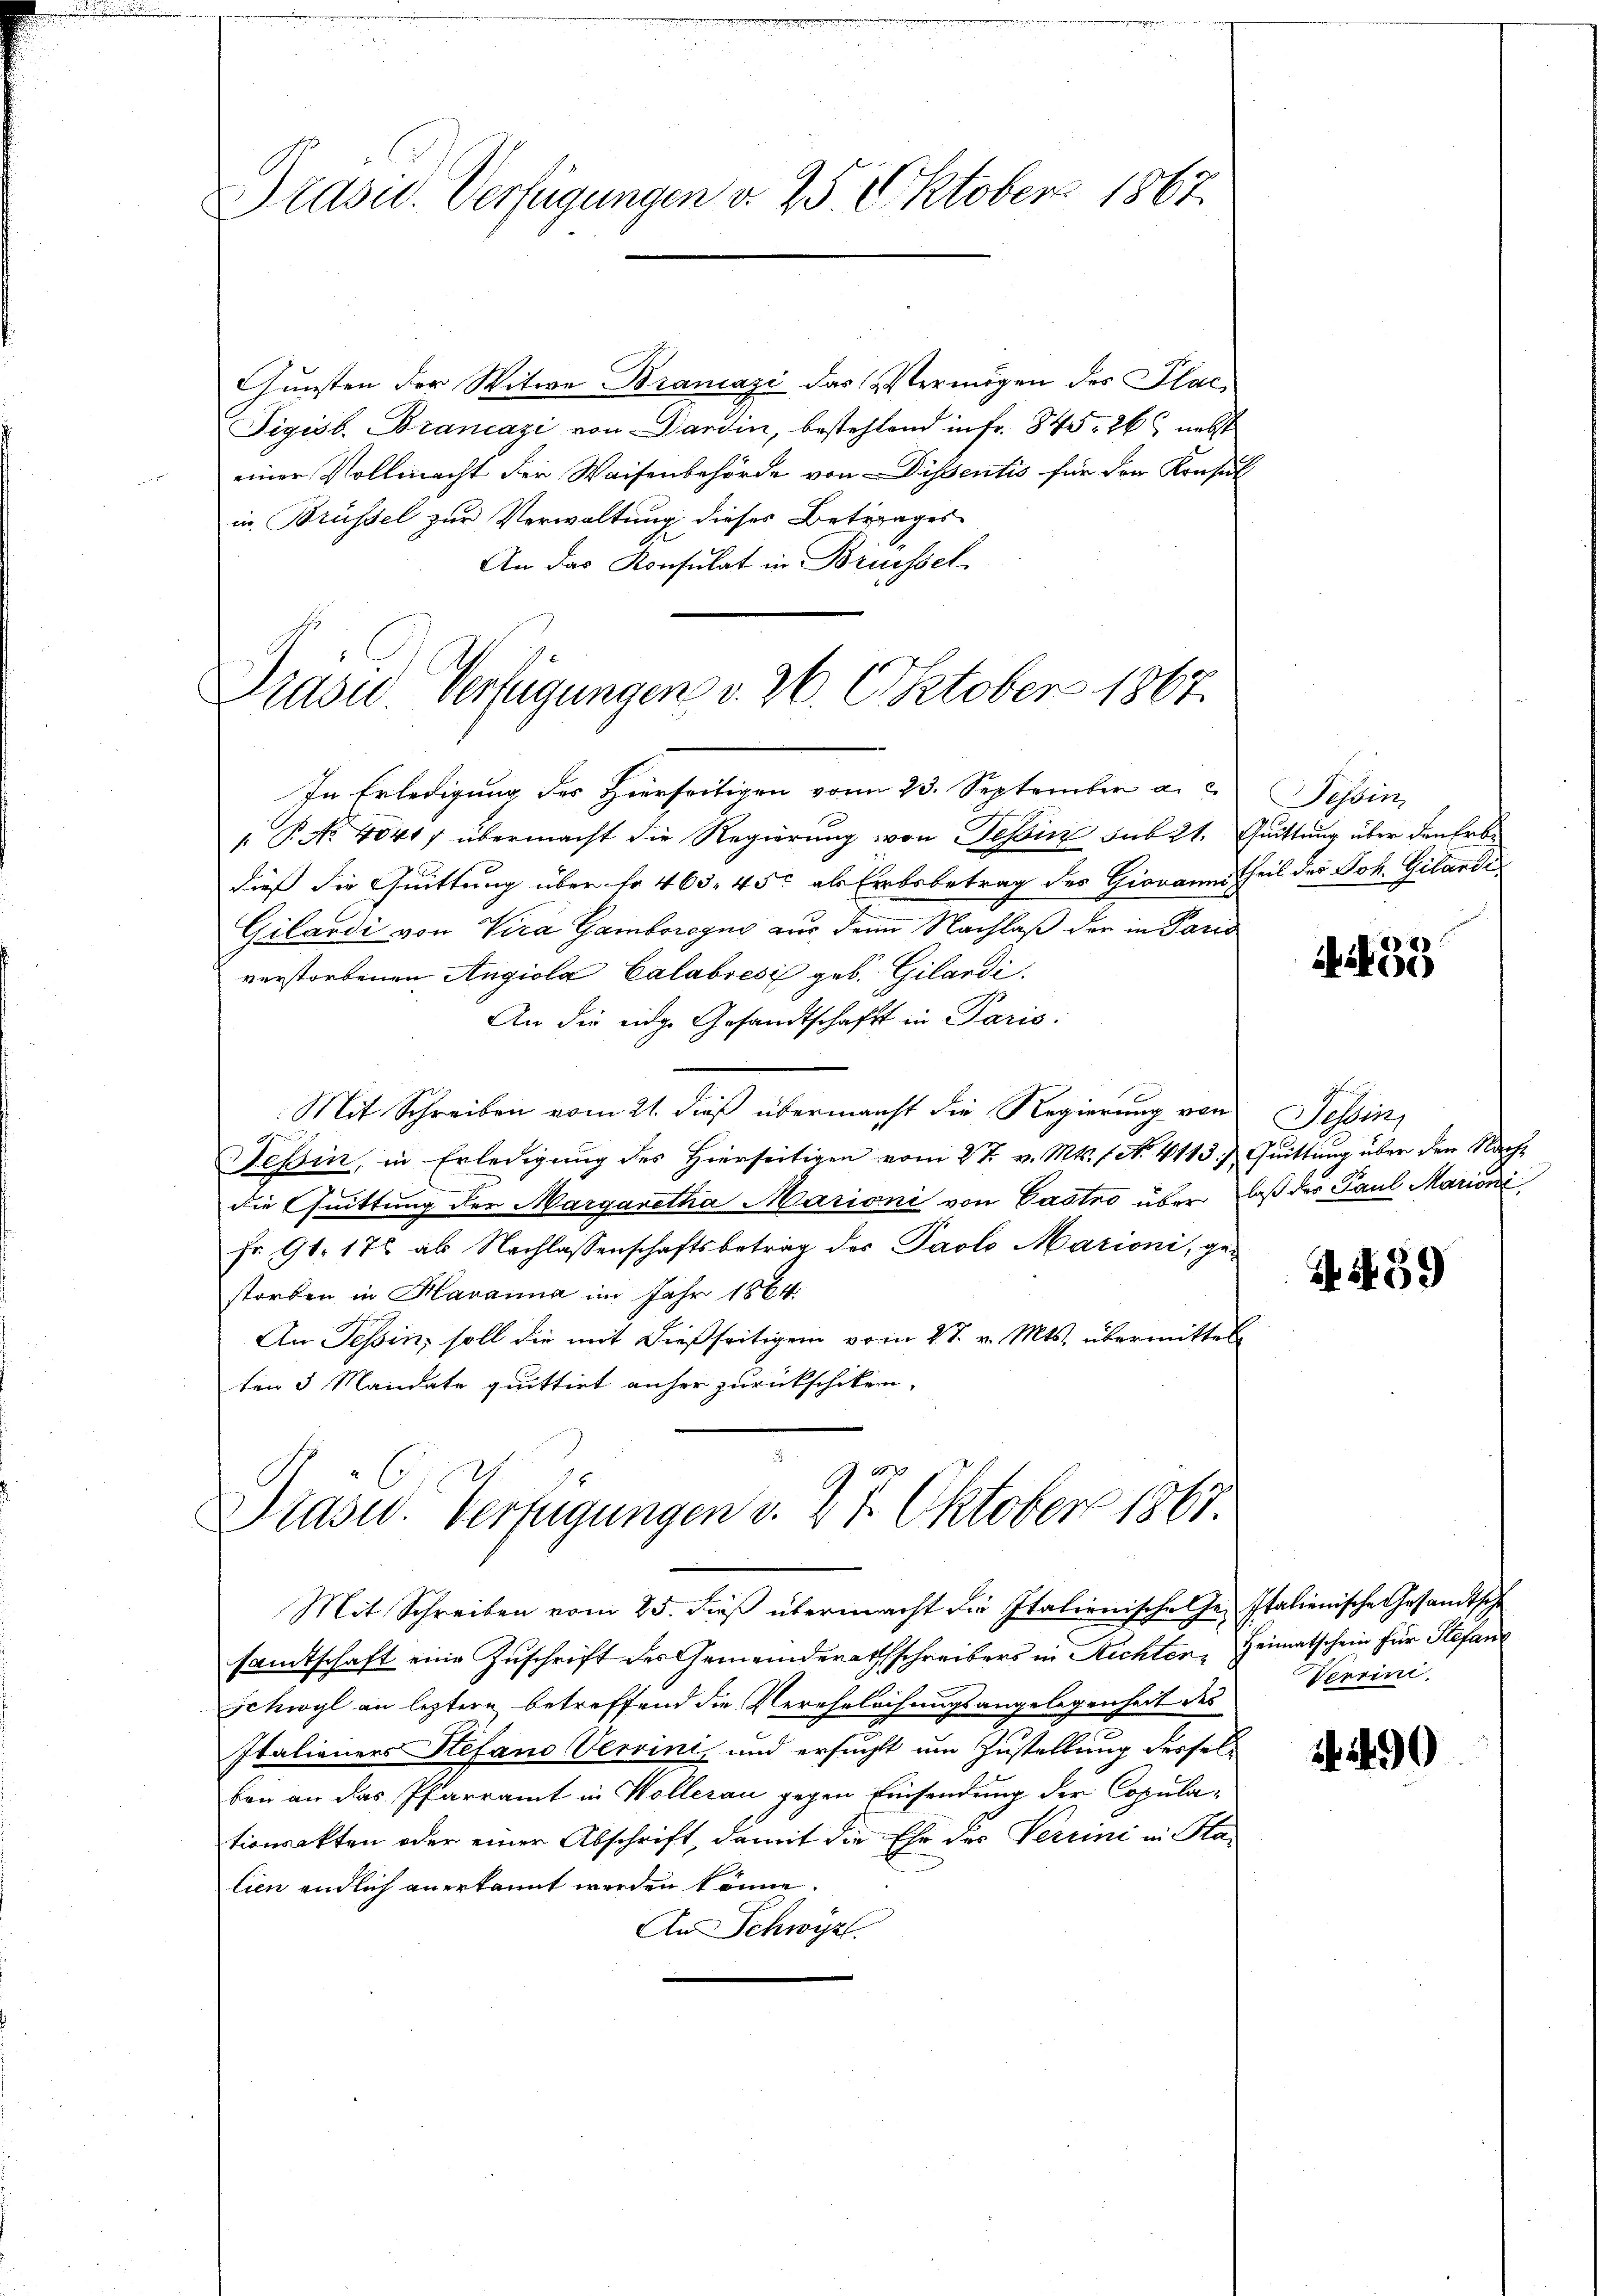
Präsid. Verfügungen d. 25. Oktober 1867.

Präsid.. Verfügungen v. 26. Oktober 1867.

In Erledigung des Hierseitigen vom 23. September a. u. Tessin,
 P. No 4041, übermacht die Regierung von Tessin sub 21. Quittung über den Erbdieß die Quittung über fr. 463. 45 als Erbsbetrag des Giovanni theil des Joh. Gilande
Gilardi von Vira Gamborogne aus dem Nachlaß der in Paris
verstorbenen Angiola Calabrési geb. Gilardi.
An die eidge Gesandtschaft in Paris:
Mit Schreiben vom 21. dieß übermacht die Regierung von Tessin,
ge
Tessin, in Erledigung des Hierseitigen vom 2 t v. Mts. f. No. 4113. Quittung über den Nachdie Quittung der Margaretha Marioni von Gastro über daß der Paul Mariani,
fr. 91. 176 als Nachlassenschaftsbetrag des Pavlo Marioni, ge-
storben in Havanna im Jahr 1864.
An Tessin, soll die mit dießseitigen vom 28. v. Mts. übermittel
ten 3 Mandate quittirt anher zurückschiken,

Gunsten der Witwe Brancasi das Vermögen der Plac¬
Tigisb. Brancazi von Darin, bestehlend in Fr. 845. 268 nebst
einer Vollmacht der Waisenbehörde von Dissentis für den Konsul
in Brüssel zur Verwaltung dieses Betrages
An das Konsulat in Brüssel.

Drasw. Verfügungen v. 27. Oktober 1867.
Mit Schreiben vom 25. dieß übermacht die Italienische Ge- Italienische Gesandtsche

samtschaft eine Zuschrift des Gemeinderathschreibers in Richter Heimatschein für Stefan
Schwyl an leztere betreffend die Vereheleihungsangelegenheit des Verrini
Italieners Stefand Vervini, und ersucht um Zustellung desselbei an das Pfarramt in Wollerau gegen Einsendung der Copulationsakten oder einer Abschrift, damit die Ehe des Verrini in Sta-
lien endlich anerkannt werden könne.
An Schwyzt.

133

A459

290